Annual statistical returns and brief notes on vaccination in Bengal - 1887-1898
Year: 1887
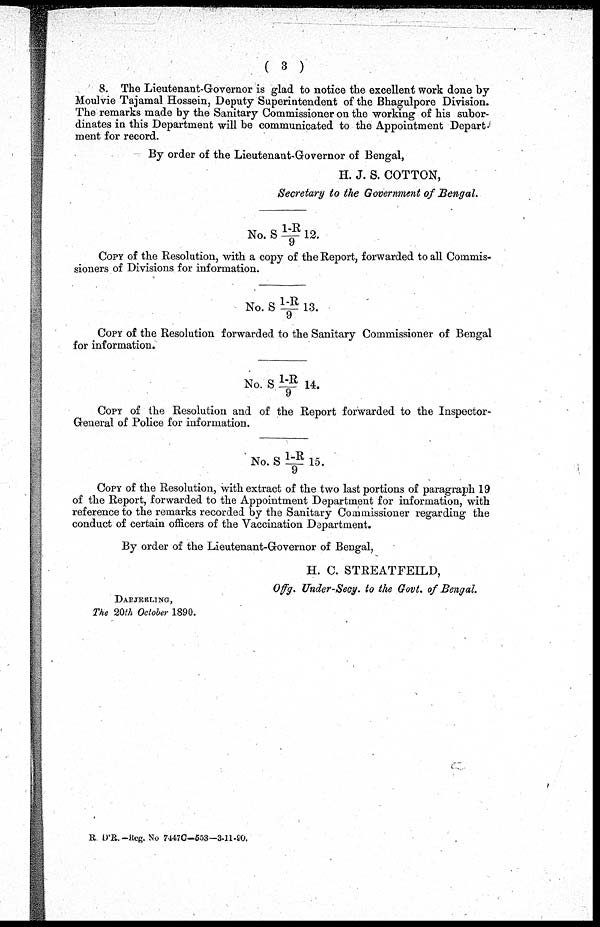
( 3 )
8. The Lieutenant-Governor is glad to notice the excellent work done by
Moulvie Tajamal Hossein, Deputy Superintendent of the Bhagulpore Division.
The remarks made by the Sanitary Commissioner on the working of his subor-
dinates in this Department will be communicated to the Appointment Depart-
ment for record.
By order of the Lieutenant-Governor of Bengal,
H. J. S. COTTON,
Secretary to the Government of Bengal.
No. S 1-R/9 12.
COPY of the Resolution, with a copy of the Report, forwarded to all Commis-
sioners of Divisions for information.
No. S 1-R/9 13.
COPY of the Resolution forwarded to the Sanitary Commissioner of Bengal
for information.
No. S 1-R/9 14.
COPY of the Resolution and of the Report forwarded to the Inspector-
General of Police for information.
No. S 1-R/9 15.
COPY of the Resolution, with extract of the two last portions of paragraph 19
of the Report, forwarded to the Appointment Department for information, with
reference to the remarks recorded by the Sanitary Commissioner regarding the
conduct of certain officers of the Vaccination Department.
By order of the Lieutenant-Governor of Bengal,
H. C. STREATFEILD,
Offg. Under-Secy. to the Govt. of Bengal.
DARJEELING,
The 20th October 1890.
R. D'R.—Reg. No 7447C-553—3-11-90.